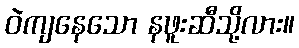
ဝဲကျနေသော နဖူးဆီသို့လား။